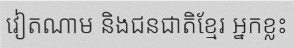
វៀតណាម និងជនជាតិខ្មែរ អ្នកខ្លះ